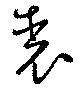
表